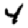
Digit: 4